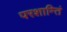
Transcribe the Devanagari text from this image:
परशान्तिं